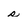
Character: s